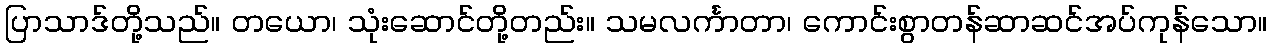
ပြာသာဒ်တို့သည်။ တယော၊ သုံးဆောင်တို့တည်း။ သမလင်္ကာတာ၊ ကောင်းစွာတန်ဆာဆင်အပ်ကုန်သော။